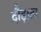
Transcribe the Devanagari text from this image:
दौड़ाता